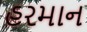
હરમાન